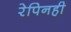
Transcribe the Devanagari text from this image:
रेपिनही